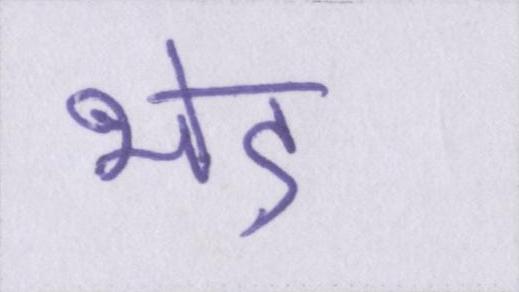
भेड़